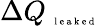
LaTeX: \Delta Q_{\mathrm{~\tiny~l~e~a~k~e~d~}}